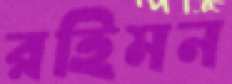
রহিমন